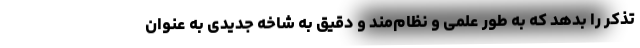
تذکر را بدهد که به طور علمی و نظام‌مند و دقیق به شاخه جدیدی به عنوان